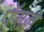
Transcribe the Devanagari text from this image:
पॅगन